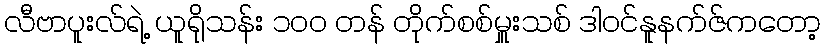
လီဗာပူးလ်ရဲ့ ယူရိုသန်း ၁၀၀ တန် တိုက်စစ်မှူးသစ် ဒါဝင်နူနက်ဇ်ကတော့